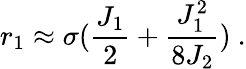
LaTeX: r_{1}\approx\sigma({\frac{J_{1}}{2}}+{\frac{J_{1}^{2}}{8J_{2}}})~.